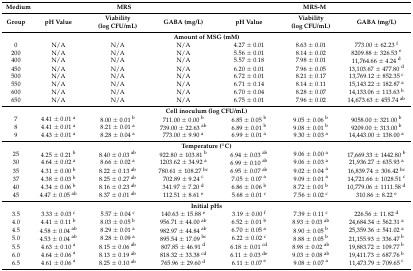
<table><thead><tr><td><b>Medium</b></td><td colspan="3"><b>MRS</b></td><td colspan="3"><b>MRS-M</b></td></tr><tr><td><b>Group</b></td><td><b>pH Value</b></td><td><b>Viability (log CFU/mL)</b></td><td><b>GABA (mg/L)</b></td><td><b>pH Value</b></td><td><b>Viability (log CFU/mL)</b></td><td><b>GABA (mg/L)</b></td></tr></thead><tbody><tr><td colspan="7"><b>Amount of MSG (mM)</b></td></tr><tr><td>0</td><td>N/A</td><td>N/A</td><td>N/A</td><td>4.27 ± 0.01</td><td>8.63 ± 0.01</td><td>773.00 ± 62.23 <sup>f</sup></td></tr><tr><td>200</td><td>N/A</td><td>N/A</td><td>N/A</td><td>5.56 ± 0.01</td><td>8.14 ± 0.02</td><td>8209.88 ± 326.53 <sup>e</sup></td></tr><tr><td>400</td><td>N/A</td><td>N/A</td><td>N/A</td><td>5.57 ± 0.18</td><td>7.98 ± 0.01</td><td>11,764.66 ± 4.24 <sup>d</sup></td></tr><tr><td>450</td><td>N/A</td><td>N/A</td><td>N/A</td><td>6.20 ± 0.01</td><td>7.96 ± 0.05</td><td>13,103.67 ± 477.80 <sup>d</sup></td></tr><tr><td>500</td><td>N/A</td><td>N/A</td><td>N/A</td><td>6.72 ± 0.01</td><td>8.21 ± 0.17</td><td>13,769.12 ± 852.35 <sup>c</sup></td></tr><tr><td>550</td><td>N/A</td><td>N/A</td><td>N/A</td><td>6.71 ± 0.14</td><td>8.14 ± 0.11</td><td>15,143.22 ± 182.87 <sup>a</sup></td></tr><tr><td>600</td><td>N/A</td><td>N/A</td><td>N/A</td><td>6.70 ± 0.04</td><td>8.28 ± 0.07</td><td>14,133.06 ± 113.63 <sup>b</sup></td></tr><tr><td>650</td><td>N/A</td><td>N/A</td><td>N/A</td><td>6.75 ± 0.01</td><td>7.96 ± 0.02</td><td>14,673.63 ± 455.74 <sup>ab</sup></td></tr><tr><td colspan="7"><b>Cell inoculum (log CFU/mL)</b></td></tr><tr><td>7</td><td>4.41 ± 0.01 <sup>a</sup></td><td>8.00 ± 0.01 <sup>b</sup></td><td>711.00 ± 0.00 <sup>b</sup></td><td>6.85 ± 0.05 <sup>b</sup></td><td>9.05 ± 0.06 <sup>b</sup></td><td>9058.00 ± 321.00 <sup>b</sup></td></tr><tr><td>8</td><td>4.41 ± 0.01 <sup>a</sup></td><td>8.21 ± 0.01 <sup>a</sup></td><td>739.00 ± 22.63 <sup>ab</sup></td><td>6.89 ± 0.01 <sup>b</sup></td><td>9.08 ± 0.01 <sup>b</sup></td><td>9209.00 ± 313.00 <sup>b</sup></td></tr><tr><td>9</td><td>4.43 ± 0.01 <sup>a</sup></td><td>8.28 ± 0.04 <sup>a</sup></td><td>773.00 ± 9.90 <sup>a</sup></td><td>6.99 ± 0.01 <sup>a</sup></td><td>9.30 ± 0.03 <sup>a</sup></td><td>14,443.00 ± 138.00 <sup>a</sup></td></tr><tr><td colspan="7"><b>Temperature (°C)</b></td></tr><tr><td>25</td><td>4.25 ± 0.21 <sup>b</sup></td><td>8.40 ± 0.03 <sup>ab</sup></td><td>922.80 ± 103.81 <sup>b</sup></td><td>6.94 ± 0.03 <sup>ab</sup></td><td>9.06 ± 0.00 <sup>a</sup></td><td>17,669.33 ± 1442.80 <sup>b</sup></td></tr><tr><td>30</td><td>4.64 ± 0.02 <sup>a</sup></td><td>8.66 ± 0.02 <sup>a</sup></td><td>1203.62 ± 34.92 <sup>a</sup></td><td>6.99 ± 0.10 <sup>ab</sup></td><td>9.06 ± 0.03 <sup>a</sup></td><td>21,936.27 ± 635.93 <sup>a</sup></td></tr><tr><td>35</td><td>4.31 ± 0.00 <sup>b</sup></td><td>8.22 ± 0.13 <sup>ab</sup></td><td>780.61 ± 108.27 <sup>bc</sup></td><td>6.95 ± 0.07 <sup>ab</sup></td><td>9.02 ± 0.04 <sup>a</sup></td><td>16,839.74 ± 306.42 <sup>bc</sup></td></tr><tr><td>37</td><td>4.38 ± 0.03 <sup>b</sup></td><td>8.25 ± 0.27 <sup>ab</sup></td><td>702.89 ± 9.24 <sup>c</sup></td><td>7.05 ± 0.07 <sup>a</sup></td><td>9.09 ± 0.01 <sup>a</sup></td><td>14,721.66 ± 1028.51 <sup>c</sup></td></tr><tr><td>40</td><td>4.34 ± 0.06 <sup>b</sup></td><td>8.16 ± 0.23 <sup>ab</sup></td><td>341.97 ± 7.20 <sup>d</sup></td><td>6.86 ± 0.06 <sup>b</sup></td><td>8.72 ± 0.01 <sup>b</sup></td><td>10,779.06 ± 1111.58 <sup>d</sup></td></tr><tr><td>45</td><td>4.47 ± 0.05 <sup>ab</sup></td><td>8.37 ± 0.01 <sup>ab</sup></td><td>112.51 ± 8.61 <sup>e</sup></td><td>5.68 ± 0.01 <sup>c</sup></td><td>7.56 ± 0.02 <sup>c</sup></td><td>310.86 ± 8.22 <sup>e</sup></td></tr><tr><td colspan="7"><b>Initial pHs</b></td></tr><tr><td>3.5</td><td>3.33 ± 0.03 <sup>c</sup></td><td>5.57 ± 0.04 <sup>c</sup></td><td>140.63 ± 15.88 <sup>e</sup></td><td>3.19 ± 0.00 <sup>f</sup></td><td>7.39 ± 0.11 <sup>c</sup></td><td>226.56 ± 11.82 <sup>d</sup></td></tr><tr><td>4.0</td><td>4.41 ± 0.11 <sup>b</sup></td><td>8.03 ± 0.05 <sup>b</sup></td><td>956.71 ± 44.00 <sup>ab</sup></td><td>6.52 ± 0.01 <sup>b</sup></td><td>8.93 ± 0.03 <sup>ab</sup></td><td>24,684.34 ± 562.31 <sup>a</sup></td></tr><tr><td>4.5</td><td>4.58 ± 0.04 <sup>ab</sup></td><td>8.29 ± 0.01 <sup>a</sup></td><td>982.97 ± 44.84 <sup>ab</sup></td><td>6.70 ± 0.05 <sup>a</sup></td><td>8.90 ± 0.05 <sup>b</sup></td><td>25,359.36 ± 541.02 <sup>a</sup></td></tr><tr><td>5.0</td><td>4.53 ± 0.04 <sup>ab</sup></td><td>8.28 ± 0.09 <sup>a</sup></td><td>895.54 ± 17.09 <sup>bc</sup></td><td>6.22 ± 0.02 <sup>c</sup></td><td>8.88 ± 0.05 <sup>b</sup></td><td>21,155.93 ± 336.47 <sup>b</sup></td></tr><tr><td>5.5</td><td>4.63 ± 0.10 <sup>a</sup></td><td>8.15 ± 0.06 <sup>ab</sup></td><td>807.85 ± 46.91 <sup>d</sup></td><td>6.18 ± 0.01 <sup>cd</sup></td><td>8.98 ± 0.02 <sup>ab</sup></td><td>19,883.72 ± 109.77 <sup>b</sup></td></tr><tr><td>6.0</td><td>4.64 ± 0.06 <sup>a</sup></td><td>8.13 ± 0.19 <sup>ab</sup></td><td>818.32 ± 33.38 <sup>cd</sup></td><td>6.11 ± 0.03 <sup>de</sup></td><td>9.03 ± 0.08 <sup>ab</sup></td><td>19,411.73 ± 687.76 <sup>b</sup></td></tr><tr><td>6.5</td><td>4.61 ± 0.06 <sup>a</sup></td><td>8.25 ± 0.10 <sup>ab</sup></td><td>765.96 ± 29.60 <sup>d</sup></td><td>6.11 ± 0.07 <sup>e</sup></td><td>9.08 ± 0.07 <sup>a</sup></td><td>11,473.79 ± 709.65 <sup>c</sup></td></tr></tbody></table>